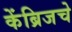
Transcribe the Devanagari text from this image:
केंब्रिजचे